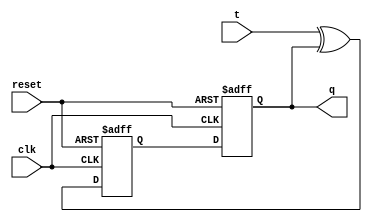
module t_flipflop(
    input wire clk,
    input wire reset,
    input wire t,
    output reg q
);

reg d1, d2;

always @(posedge clk or posedge reset) begin
    if (reset) begin
        d1 <= 1'b0;
        d2 <= 1'b0;
    end else begin
        d1 <= t ^ d2; // XOR operation between T input and output of second flip-flop
        d2 <= d1; // Output of the first flip-flop fed into the second flip-flop
    end
end

assign q = d2;

endmodule